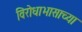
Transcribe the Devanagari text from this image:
विरोधाभासाच्या